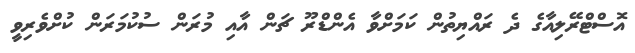
އޮސްޓްރޭލިއާގެ ދެ ރައްޔިތުން ކަމަށްވާ އެންޑްރޫ ޗަން އާއި މުރަން ސުކުމަރަން ކުށްވެރިވީ